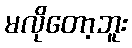
မလိုတော့ဘူး